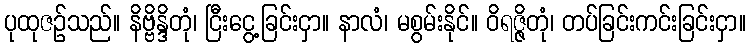
ပုထုဇဉ်သည်။ နိဗ္ဗိန္ဒိတုံ၊ ငြီးငွေ့ခြင်းငှာ။ နာလံ၊ မစွမ်းနိုင်။ ဝိရဇ္ဇိတုံ၊ တပ်ခြင်းကင်းခြင်းငှာ။